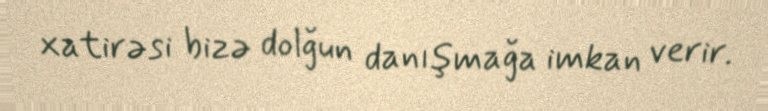
xatirəsi bizə dolğun danışmağa imkan verir.